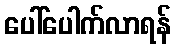
ပေါ်ပေါက်လာရန်